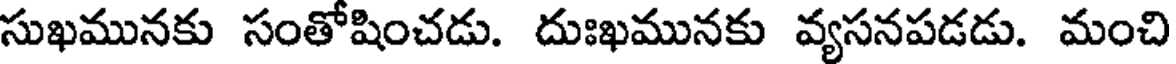
సుఖమునకు సంతోషించడు. దుఃఖమునకు వ్యసనపడడు. మంచి